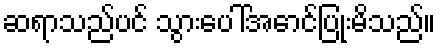
ဆရာသည်ပင် သွားပေါ်အောင်ပြုံးမိသည်။